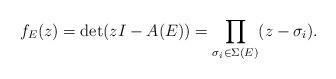
LaTeX: \begin{align*}f_E(z)=\textrm{det}(zI-A(E))=\prod_{\sigma_i\in\Sigma(E)}(z-\sigma_i).\end{align*}